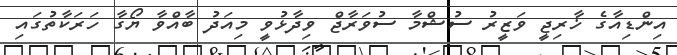
އިންޑިއާގެ ޚާރިޖީ ވަޒީރު ސުޝްމާ ސުވަރާޖް ވިދާޅުވީ މިއަދު ބާއްވާ ޔޯގާ ހަރަކާތުގައި